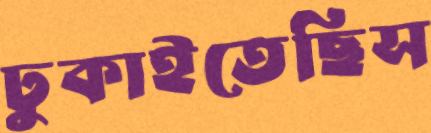
ঢুকাইতেছিস